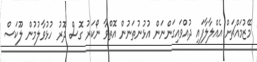
މޭޒުމައްޗަށް އެއްލާލާފައި ދުއްވައިގަންނަން އުޅުނުތަނުން އޮތްވާ ނޯކަރު ގޮސް ދޮރު ހުޅުވާލުމުން ލޫކަސް